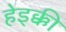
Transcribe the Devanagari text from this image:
हेइक्की